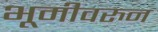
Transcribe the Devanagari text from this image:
भूमीवरुन